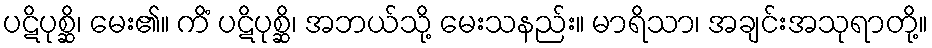
ပဋိပုစ္ဆိ၊ မေး၏။ ကိံ ပဋိပုစ္ဆိ၊ အဘယ်သို့ မေးသနည်း။ မာရိသာ၊ အချင်းအသုရာတို့။